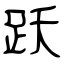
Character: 跃